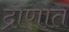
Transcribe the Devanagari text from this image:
द्रोणात